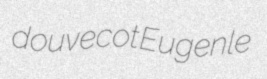
douvecot Eugenle